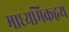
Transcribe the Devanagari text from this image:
माध्यमिकहृय